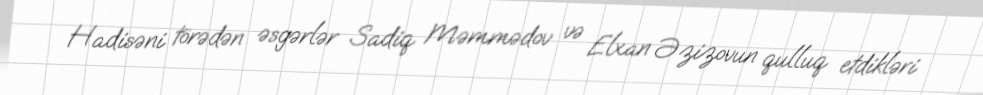
Hadisəni törədən əsgərlər Sadiq Məmmədov və Elxan Əzizovun qulluq etdikləri